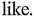
like.